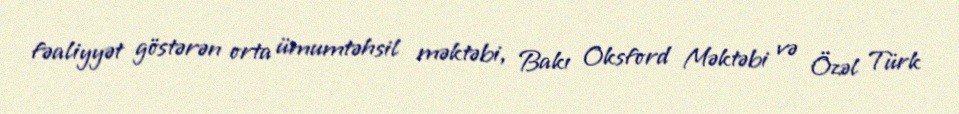
fəaliyyət göstərən orta ümumtəhsil məktəbi, Bakı Oksford Məktəbi və Özəl Türk